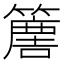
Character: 𥴿